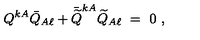
Q ^ { k A } \bar { Q } _ { A \ell } + \bar { \widetilde Q } ^ { k A } \widetilde Q _ { A \ell } \ = \ 0 \ ,